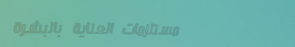
مستلزمات العناية بالبشرة